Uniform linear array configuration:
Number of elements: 64
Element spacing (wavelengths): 0.75
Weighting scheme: binomial
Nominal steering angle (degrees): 15
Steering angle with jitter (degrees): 15.115
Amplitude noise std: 0.05
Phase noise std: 0.05

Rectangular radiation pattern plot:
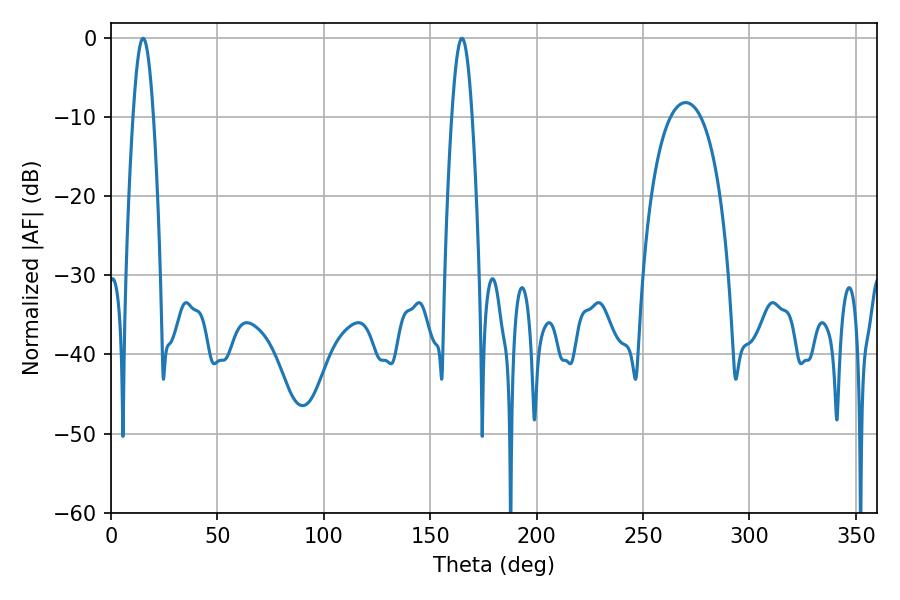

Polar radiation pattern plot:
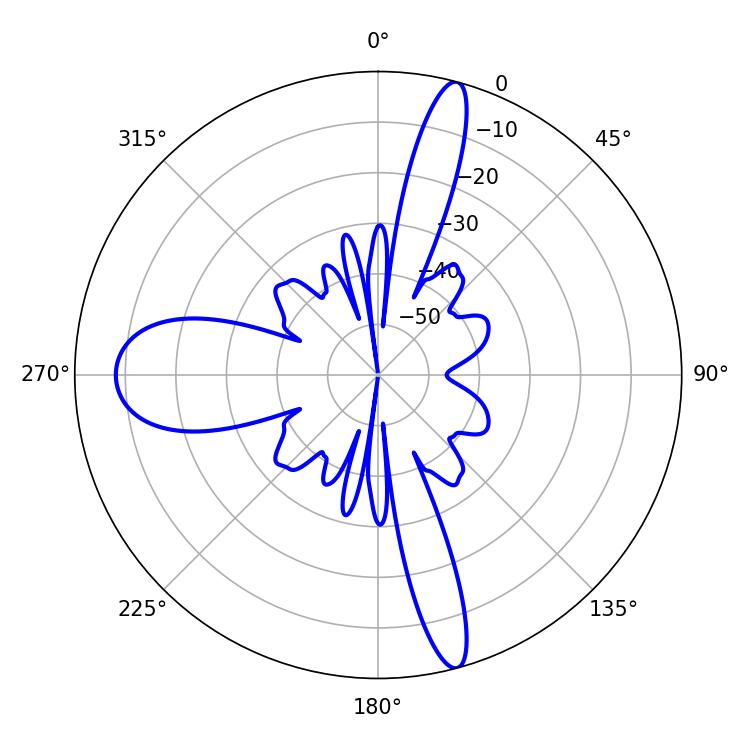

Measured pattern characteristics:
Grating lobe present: TRUE
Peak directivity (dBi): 29.245
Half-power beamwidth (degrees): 5.04
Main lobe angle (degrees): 15.12